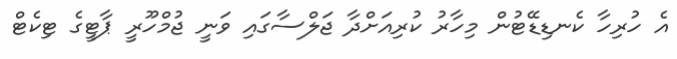
އެ ހުރިހާ ކެނޑިޑޭޓުން މިހާރު ކުރިއަށްދާ ޖަލްސާގައި ވަނީ ޖުމްހޫރީ ޕާޓީގެ ޓިކެޓް